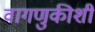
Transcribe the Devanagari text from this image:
वागणुकीशी